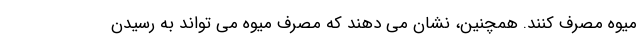
میوه مصرف کنند. همچنین، نشان می دهند که مصرف میوه می تواند به رسیدن